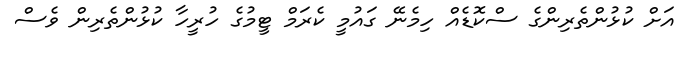
އަށް ކުޅުންތެރިންގެ ސްކޮޑެއް ހިމެނޭ ގައުމީ ކެރަމް ޓީމުގެ ހުރީހާ ކުޅުންތެރިން ވެސް